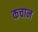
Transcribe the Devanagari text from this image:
कचान